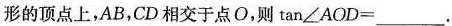
形的顶点上，AB，CD相交于点O，则tan\angle AOD=___.